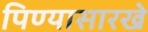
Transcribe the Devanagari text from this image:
पिण्यासारखे